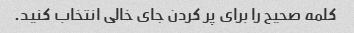
کلمه صحیح را برای پر کردن جای خالی انتخاب کنید.